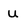
Character: u